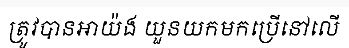
ត្រូវបានអាយ៉ង យួនយកមកប្រើនៅលើ